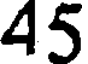
45